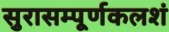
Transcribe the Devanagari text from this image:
सुरासम्पूर्णकलशं